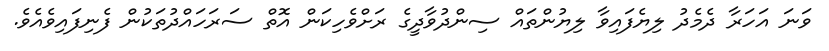
ވަނަ އަހަރާ ދެމެދު ލިޔެފައިވާ ލިޔުންތައް ސިންދުވާދީގެ ރަށްވެހިކަން އޮތް ސަރަހައްދުތަކުން ފެނިފައިވެއެވެ.